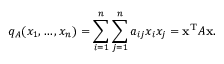
q _ { A } ( x _ { 1 } , \ldots , x _ { n } ) = \sum _ { i = 1 } ^ { n } \sum _ { j = 1 } ^ { n } a _ { i j } { x _ { i } } { x _ { j } } = \mathbf { x } ^ { \mathrm { T } } A \mathbf { x } .